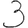
Digit: 3